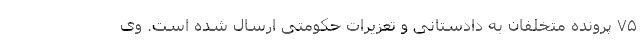
۷۵ پرونده متخلفان به دادستانی و تعزیرات حکومتی ارسال شده است. وی